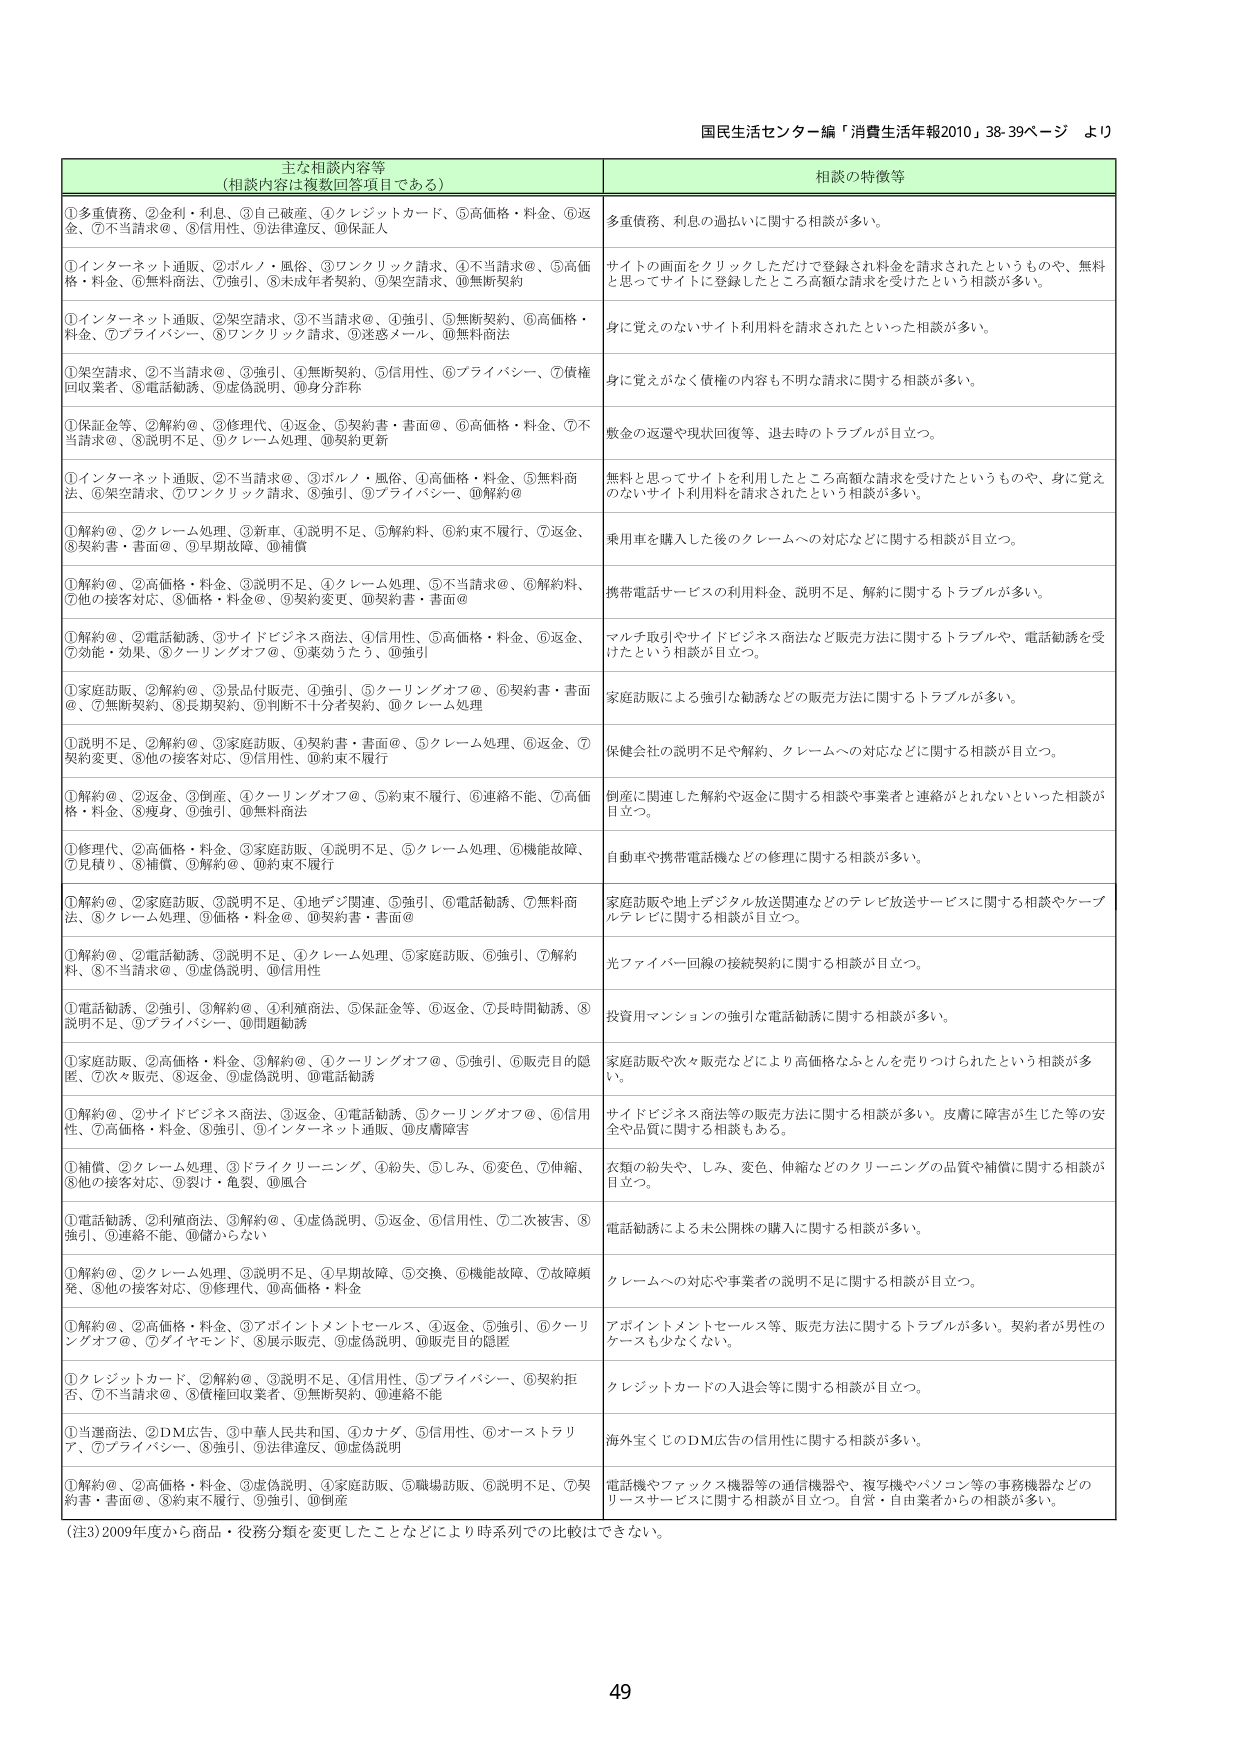
国民生活センター編「消費生活年報2010」38-39ページ より

主な相談内容等
（相談内容は複数回答目である）

①多重債務、②金利・利息、③自己破産、④クレジットカード、⑤高価格・料金、⑥返金、⑦不当請求＠、⑧信用性、⑨法律違反、⑩保証人

①インターネット通販、②ボルノ・風俗、③ワンクリック請求、④不当請求＠、⑤高価格・料金、⑥無料商法、⑦強引、⑧未成年者契約、⑨架空請求、⑩無断契約

①インターネット通販、②架空請求、③不当請求＠、④強引、⑤無断契約、⑥高価格・料金、⑦プライバシー、⑧ワンクリック請求、⑨迷惑メール、⑩無断商法

①架空請求、②不当請求＠、③強引、④無断契約、⑤信用性、⑥プライバシー、⑦債権回収業者、⑧電話勧誘、⑨虚偽説明、⑩身分詐称

①保証金等、②解約＠、③修理代、④返金、⑤契約書・書面＠、⑥高価格・料金、⑦不当請求＠、⑧説明不足、⑨クレーム処理、⑩契約更新

①インターネット通販、②不当請求＠、③ボルノ・風俗、④高価格・料金、⑤無料商法、⑥架空請求、⑦ワンクリック請求、⑧強引、⑨プライバシー、⑩解約＠

①解約＠、②クレーム処理、③新車、④説明不足、⑤解約料、⑥約束不履行、⑦返金、⑧契約書・書面＠、⑨早期故障、⑩補償

①解約＠、②高価格・料金、③説明不足、④クレーム処理、⑤不当請求＠、⑥解約料、⑦他の接客対応、⑧価格・料金＠、⑨契約変更、⑩契約書・書面＠

①解約＠、②電話勧誘、③サイドビジネス商法、④信用性、⑤高価格・料金、⑥返金、⑦効能・効果、⑧クーリングオフ＠、⑨薬効うたう、⑩強引

①家庭訪販、②解約＠、③景品付販売、④強引、⑤クーリングオフ＠、⑥契約書・書面＠、⑦無断契約、⑧長期契約、⑨判断不十分者契約、⑩クレーム処理

①説明不足、②解約＠、③家庭訪販、④契約書・書面＠、⑤クレーム処理、⑥返金、⑦契約変更、⑧他の接客対応、⑨信用性、⑩約束不履行

①解約＠、②返金、③倒産、④クーリングオフ＠、⑤約束不履行、⑥連絡不能、⑦高価格・料金、⑧瘦身、⑨強引、⑩無料商法

①修理代、②高価格・料金、③家庭訪販、④説明不足、⑤クレーム処理、⑥機能故障、⑦見積り、⑧補償、⑨解約＠、⑩約束不履行

①解約＠、②家庭訪販、③説明不足、④地デジ関連、⑤強引、⑥電話勧誘、⑦無料商法、⑧クレーム処理、⑨価格・料金＠、⑩契約書・書面＠

①解約＠、②電話勧誘、③説明不足、④クレーム処理、⑤家庭訪販、⑥強引、⑦解約料、⑧不当請求＠、⑨虚偽説明、⑩信用性

①電話勧誘、②強引、③解約＠、④利殖商法、⑤保証金等、⑥返金、⑦長時間勧誘、⑧説明不足、⑨プライバシー、⑩問題勧誘

①家庭訪販、②高価格・料金、③解約＠、④クーリングオフ＠、⑤強引、⑥販売目的隠匿、⑦次々販売、⑧返金、⑨虚偽説明、⑩電話勧誘

①解約＠、②サイドビジネス商法、③返金、④電話勧誘、⑤クーリングオフ＠、⑥信用性、⑦高価格・料金、⑧強引、⑨インターネット通販、⑩皮膚障害

①補償、②クレーム処理、③ドライクリーニング、④紛失、⑤しみ、⑥変色、⑦伸縮、⑧他の接客対応、⑨裂け・亀裂、⑩風合

①電話勧誘、②利殖商法、③解約＠、④虚偽説明、⑤返金、⑥信用性、⑦二次被害、⑧強引、⑨連絡不能、⑩儲からない

①解約＠、②クレーム処理、③説明不足、④早期故障、⑤交換、⑥機能故障、⑦故障頻発、⑧他の接客対応、⑨修理代、⑩高価格・料金

①解約＠、②高価格・料金、③アポイントメントセールス、④返金、⑤強引、⑥クーリングオフ＠、⑦ダイヤモンド、⑧展示販売、⑨虚偽説明、⑩販売目的隠匿

①クレジットカード、②解約＠、③説明不足、④信用性、⑤プライバシー、⑥契約拒否、⑦不当請求＠、⑧債権回収業者、⑨無断契約、⑩連絡不能

①当選商法、②DM広告、③中華人民共和国、④カナダ、⑤信用性、⑥オーストラリア、⑦プライバシー、⑧強引、⑨法律違反、⑩虚偽説明

①解約＠、②高価格・料金、③虚偽説明、④家庭訪販、⑤職場訪販、⑥説明不足、⑦契約書・書面＠、⑧約束不履行、⑨強引、⑩倒産

（注）2009年度から商品・役務分類を変更したことなどにより時系列での比較はできない。

相談の特徴等

多重債務、利息の過払いに関する相談が多い。

サイトの画面をクリックしただけで登録され料金を請求されたというものや、無料と思ってサイトに登録したところ高額な請求を受けたという相談が多い。

身に覚えのないサイト利用料を請求されたといった相談が多い。

身に覚えがなく債権の内容も不明な請求に関する相談が多い。

敷金の返還や現状回復等、退去時のトラブルが目立つ。

無料と思ってサイトを利用したところ高額な請求を受けたというものや、身に覚えのないサイト利用料を請求されたという相談が多い。

乗用車を購入した後のクレームへの対応などに関する相談が目立つ。

携帯電話サービスの利用料金、説明不足、解約に関するトラブルが多い。

マルチ取引やサイドビジネス商法など販売方法に関するトラブルや、電話勧誘を受けたという相談が目立つ。

家庭訪販による強引な勧誘などの販売方法に関するトラブルが多い。

保健会社の説明不足や解約、クレームへの対応などに関する相談が目立つ。

倒産に関連した解約や返金に関する相談や事業者と連絡がとれないといった相談が目立つ。

自動車や携帯電話機などの修理に関する相談が多い。

家庭訪販や地上デジタル放送関連などのテレビ放送サービスに関する相談やケーブルテレビに関する相談が目立つ。

光ファイバー回線の接続契約に関する相談が目立つ。

投資用マンションの強引な電話勧誘に関する相談が多い。

家庭訪販や次々販売などにより高価格なふとんを売りつけられたという相談が多い。

サイドビジネス商法等の販売方法に関する相談が多い。皮膚に障害が生じた等の安全や品質に関する相談もある。

衣類の紛失や、しみ、変色、伸縮などのクリーニングの品質や補償に関する相談が目立つ。

電話勧誘による未公開株の購入に関する相談が多い。

クレームへの対応や事業者の説明不足に関する相談が目立つ。

アポイントメントセールス等、販売方法に関するトラブルが多い。契約者が男性のケースも少なくない。

クレジットカードの入退会等に関する相談が目立つ。

海外宝くじのDM広告の信用性に関する相談が多い。

電話機やファックス機器等の通信機器や、複写機やパソコン等の事務機器などのリースサービスに関する相談が目立つ。自営・自由業者からの相談が多い。

49